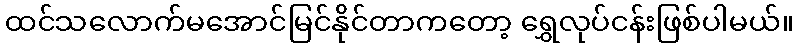
ထင်သလောက်မအောင်မြင်နိုင်တာကတော့ ရွှေလုပ်ငန်းဖြစ်ပါမယ်။